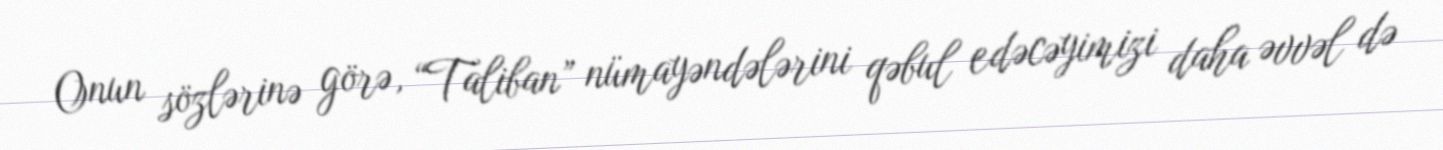
Onun sözlərinə görə, “Taliban” nümayəndələrini qəbul edəcəyimizi daha əvvəl də